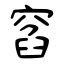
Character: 窞